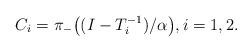
LaTeX: \begin{align*}C_i=\pi_-\big((I-T_i^{-1})/\alpha\big), i=1,2.\end{align*}